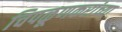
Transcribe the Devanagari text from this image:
चिपळूणकरांच्या